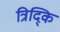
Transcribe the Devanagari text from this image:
त्रिद्कि